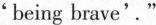
‘ being brave'’ . "